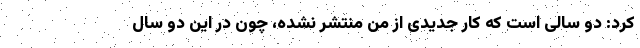
کرد: دو سالی است که کار جدیدی از من منتشر نشده، چون در این دو سال